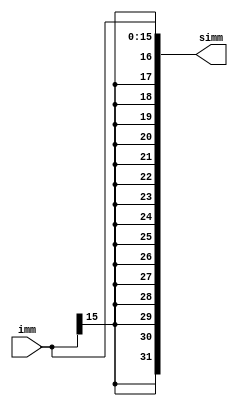
`timescale 1ns / 1ps
//////////////////////////////////////////////////////////////////////////////////
// Company: 
// Engineer: 
// 
// Design Name: 
// Module Name: SE
// Project Name: 
// Target Devices: 
// Tool Versions: 
// Description: 
// 
// Dependencies: 
// 
// Revision:
// Revision 0.01 - File Created
// Additional Comments:
// 
//////////////////////////////////////////////////////////////////////////////////


module SE( imm, simm);

input  [15:0] imm;
output [31:0] simm;

assign simm = {{16{imm[15]}}, imm};

endmodule